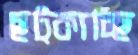
ছট্‌কাচ্ছি